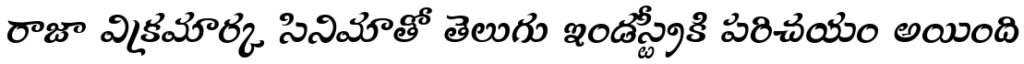
రాజా విక్రమార్క సినిమాతో తెలుగు ఇండస్ట్రీకి పరిచయం అయింది